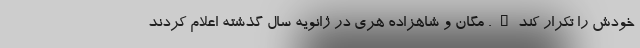
خودش را تکرار کند". مگان و شاهزاده هری در ژانویه سال گذشته اعلام کردند